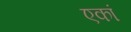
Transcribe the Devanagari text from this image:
एकां